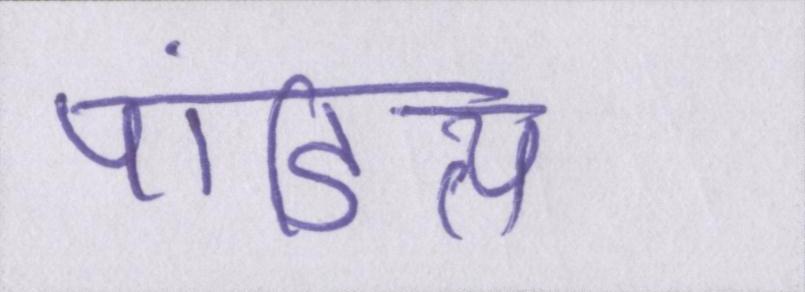
पांडित्य